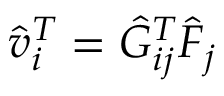
\Hat { v } _ { i } ^ { T } = \Hat { G } _ { i j } ^ { T } \Hat { F } _ { j }